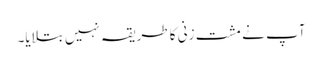
آپ نے مشت زنی کا طریقہ نہیں بتلایا۔